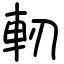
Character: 軔